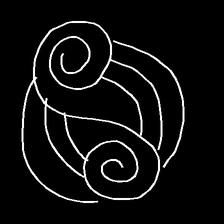
Glyph: wind-underfoot